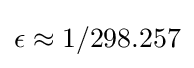
\epsilon \approx 1/298.257